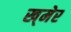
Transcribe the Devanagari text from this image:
ख्‌मेर